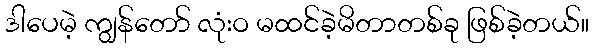
ဒါပေမဲ့ ကျွန်တော် လုံးဝ မထင်ခဲ့မိတာတစ်ခု ဖြစ်ခဲ့တယ်။